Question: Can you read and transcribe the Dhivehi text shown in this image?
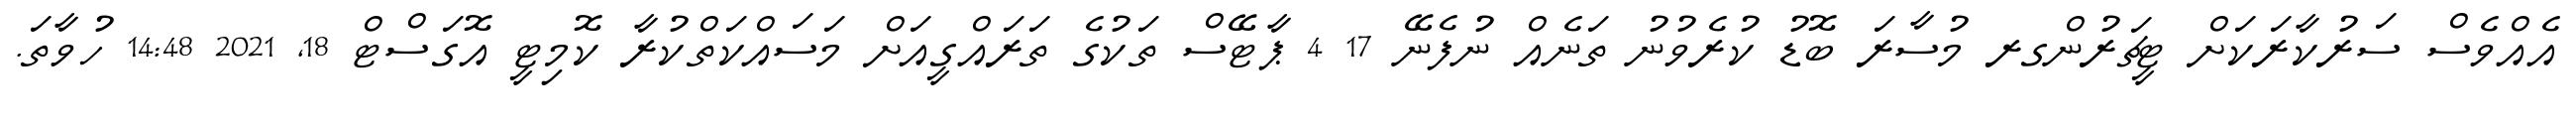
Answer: އެއްވެސް ސަރުކާރަކަށް ޓީޗަރުންގރ މުސާރަ ބޮޑު ކުރެވުނު ތަނެއް ނުފެނޭ 17 4 ޕާޓޭސް ތަކުގެ ތަރައްގީއަށް މަސައްކަތްކުރާ ކޮމިޓީ އޮގަސްޓް 18, 2021 14:48 ހުވާތަ.